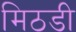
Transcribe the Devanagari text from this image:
मिठडी